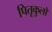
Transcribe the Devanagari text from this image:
पितृकुलों